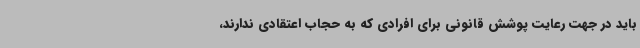
باید در جهت رعایت پوشش قانونی برای افرادی که به حجاب اعتقادی ندارند،